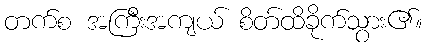
တက်စ အကြီးအကျယ် စိတ်ထိခိုက်သွား၏။